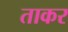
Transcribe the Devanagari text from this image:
ताकर